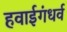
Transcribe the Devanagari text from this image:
हवाईगंधर्व